Indian journal of veterinary science and animal husbandry - Volumes 22-23, 1952-1953
Year: 1952
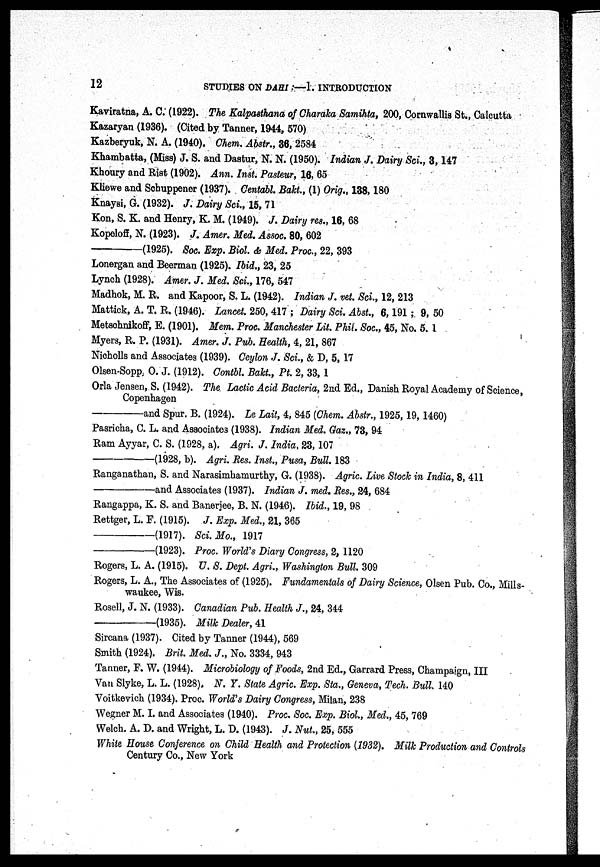
12
STUDIES ON DAHI :––1. INTRODUCTION
Kaviratna, A. C. (1922). The Kalpasthana of Charaka Samihta, 200, Cornwallis St., Calcutta
Kazaryan (1936). (Cited by Tanner, 1944, 570)
Kazberyuk, N. A. (1940). Chem. Abstr., 36, 2584
Khambatta, (Miss) J. S. and Dastur, N. N. (1950). Indian J. Dairy Sci., 3, 147
Khoury and Rist (1902). Ann. Inst. Pasteur, 16, 65
Kliewe and Schuppener (1937). Centabl. Bakt., (1) Orig., 138, 180
Knaysi, G. (1932). J. Dairy Sci., 15, 71
Kon, S. K. and Henry, K. M. (1949). J. Dairy res., 16, 68
Kopeloff, N. (1923). J. Amer. Med. Assoc. 80, 602
(1925). Soc. Exp. Biol. & Med. Proc., 22, 393
Lonergan and Beerman (1925). Ibid., 23, 25
Lynch (1928). Amer. J. Med. Sci., 176, 547
Madhok, M. R. and Kapoor, S. L. (1942). Indian J. vet. Sci., 12, 213
Mattick, A. T. R. (1946). Lancet. 250, 417; Dairy Sci. Abst., 6, 191 ; 9, 50
Metschnikoff, E. (1901). Mem. Proc. Manchester Lit. Phil. Soc, 45, No. 5. 1
Myers, R. P. (1931). Amer. J. Pub. Health, 4, 21, 867
Nicholls and Associates (1939). Ceylon J. Sci., & D, 5, 17
Olsen-Sopp, O. J. (1912). Contbl. Bakt., Pt. 2, 33, 1
Orla Jensen, S. (1942). The Lactic Acid Bacteria, 2nd Ed., Danish Royal Academy of Science,
Copenhagen
and
Spur. B. (1924). Le Lait, 4, 845 (Chem. Abstr., 1925, 19, 1460)
Pasricha, C. L. and Associates (1938). Indian Med. Gaz. 73, 94
Ram Ayyar, C. S. (1928, a). Agri. J. India, 23, 107
(1928, b). Agri. Res. Inst., Pusa, Bull. 183
Ranganathan, S. and Narasimhamurthy, G. (1938). Agric. Live Stock in India, 8, 411
and
Associates (1937). Indian J. med. Res., 24, 684
Rangappa, K. S. and Banerjee, B. N. (1946). Ibid., 19, 98
Rettger, L. F. (1915). J. Exp. Med., 21, 365
(1917). Sci. Mo., 1917
(1923). Proc. World's Diary Congress, 2, 1120
Rogers, L. A. (1915). U. S. Dept. Agri., Washington Bull. 309
Rogers, L. A., The Associates of (1925). Fundamentals of Dairy Science, Olsen Pub. Co., Mills-
waukee, Wis.
Rosell, J. N. (1933). Canadian Pub. Health J., 24, 344
(1935). Milk Dealer, 41
Sircana (1937). Cited by Tanner (1944), 569
Smith (1924). Brit. Med. J., No. 3334, 943
Tanner, F. W. (1944). Microbiology of Foods, 2nd Ed., Garrard Press, Champaign, III
Van Slyke, L. L. (1928), N. Y. State Agric. Exp. Sta., Geneva, Tech. Bull. 140
Voitkevich (1934). Proc. World's Dairy Congress, Milan, 238
Wegner M. I. and Associates (1940). Proc. Soc. Exp. Biol., Med., 45, 769
Welch. A. D. and Wright, L. D. (1943). J. Nut., 25, 555
White House Conference on Child Health and Protection (1932). Milk Production and Controls
Century Co., New York